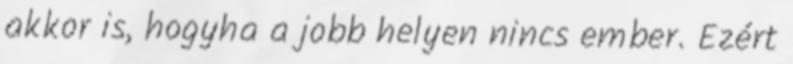
akkor is, hogyha a jobb helyen nincs ember. Ezért